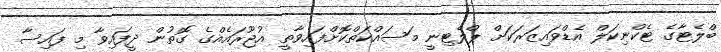
ބްލެޓާގެ ޓެކްނިކަލް އެޑްވައިޒަރަކަށް ޕްލެޓިނީ މަސައްކަތްކޮށްފައިވާތީ އުޖޫރައެއްގެ ގޮތުން ދީފައިވާ މި ފައިސާ